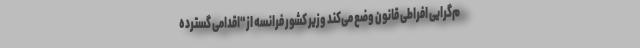
م‌گرایی افراطی قانون وضع می‌کند وزیر کشور فرانسه از "اقدامی گسترده